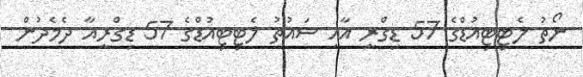
ނޯތު ލެޓިޓިއުޑްގެ 57 ޑިގްރީ އާއި ސައުތު ލެޓިޓިއުޑްގެ 57 ޑިގްރީއާ ދެމެދުން